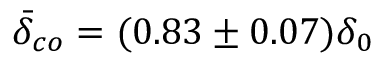
\bar { \delta } _ { c o } = ( 0 . 8 3 \pm 0 . 0 7 ) \delta _ { 0 }